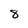
Character: 8